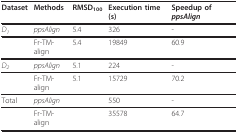
| Dataset | Methods | RMSD100 | Execution time (s) | Speedup of ppsAlign |
 | --- | --- | --- | --- | --- |
 | D1 | ppsAlign | 5.4 | 326 | - |
 |  | Fr-TM-align | 5.4 | 19849 | 60.9 |
 | D2 | ppsAlign | 5.1 | 224 | - |
 |  | Fr-TM-align | 5.1 | 15729 | 70.2 |
 | Total | ppsAlign |  | 550 | - |
 |  | Fr-TM-align |  | 35578 | 64.7 |